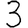
Digit: 3